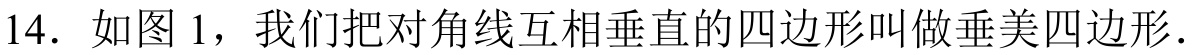
14. 如图1，我们把对角线互相垂直的四边形叫做垂美四边形.